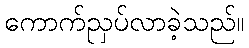
ကောက်ညှပ်လာခဲ့သည်။